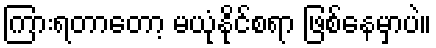
ကြားရတာတော့ မယုံနိုင်စရာ ဖြစ်နေမှာပဲ။